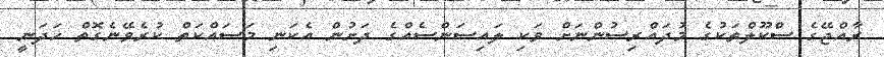
ރާއްޖޭގެ ސްކޫލްތަކުގެ މުދައްރިސުންނަށް ވަކި ލައިސަންސެއްގެ ދަށުން އެކަނި މަސައްކަތް ކުރެވޭނެގޮތް ހަދަނީ